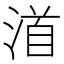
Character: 渞